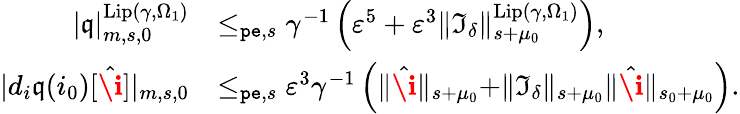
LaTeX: \begin{array}{rl}{|\mathfrak{q}|_{m,s,0}^{\mathrm{Lip}(\gamma,\Omega_{1})}}&{\le_{\mathtt{pe},s}\gamma^{-1}\left(\varepsilon^{5}+\varepsilon^{3}\rVert\mathfrak{I}_{\delta}\rVert_{s+\mu_{0}}^{\mathrm{Lip}(\gamma,\Omega_{1})}\right),}\\ {|d_{i}\mathfrak{q}(i_{0})[\hat{\textbf{\i}}]|_{m,s,0}}&{\le_{\mathtt{pe},s}\varepsilon^{3}\gamma^{-1}\left(\rVert\hat{\textbf{\i}}\rVert_{s+\mu_{0}}+\rVert\mathfrak{I}_{\delta}\rVert_{s+\mu_{0}}\rVert\hat{\textbf{\i}}\rVert_{s_{0}+\mu_{0}}\right).}\end{array}